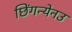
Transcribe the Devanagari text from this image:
छिंगन्येनउ